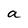
Character: a